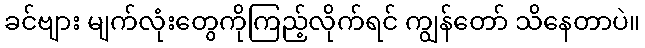
ခင်ဗျား မျက်လုံးတွေကိုကြည့်လိုက်ရင် ကျွန်တော် သိနေတာပဲ။